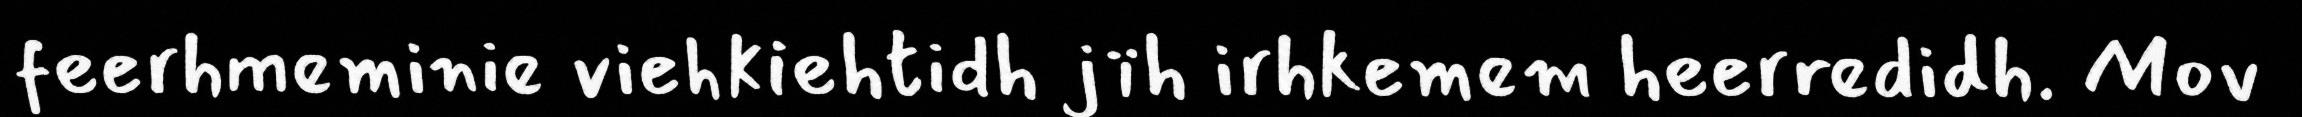
feerhmeminie viehkiehtidh jïh irhkemem heerredidh. Mov